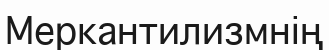
Меркантилизмнің